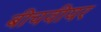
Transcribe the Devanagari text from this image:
बीचवीयर